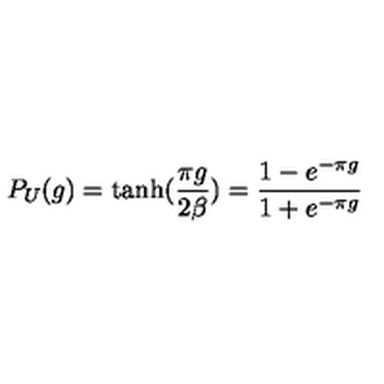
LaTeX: P _ { U } ( g ) = \tanh ( { \frac { \pi g } { 2 \beta } } ) = \frac { 1 - e ^ { - \pi g } } { 1 + e ^ { - \pi g } }